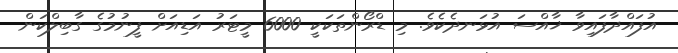
އުފައްދާފައިވާ ޚާއްސަ އުޅަނދެކެވެ. މި ޑްރޯންތަކަކީ 6000 މީޓަރު އަޑިއަށް ފީނުމުގެ ގާބިލްކަން